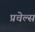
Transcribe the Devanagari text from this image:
प्रचेल्स